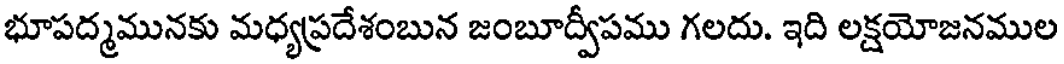
భూపద్మమునకు మధ్యప్రదేశంబున జంబూద్వీపము గలదు. ఇది లక్షయోజనముల